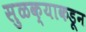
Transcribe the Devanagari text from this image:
सुळक्याकडून